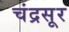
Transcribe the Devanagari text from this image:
चंद्रसूर